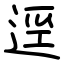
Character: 逕